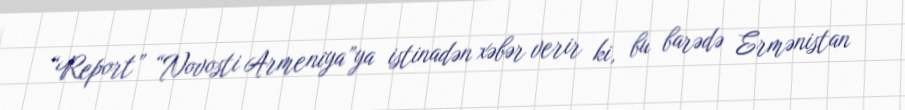
“Report” “Novosti Armeniya”ya istinadən xəbər verir ki, bu barədə Ermənistan